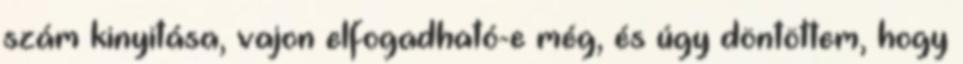
szám kinyitása, vajon elfogadható-e még, és úgy döntöttem, hogy